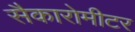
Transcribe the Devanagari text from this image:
सैकारोमीटर